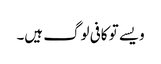
ویسے تو کافی لوگ ہیں۔